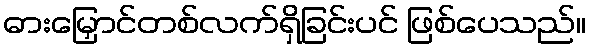
ဓားမြှောင်တစ်လက်ရှိခြင်းပင် ဖြစ်ပေသည်။